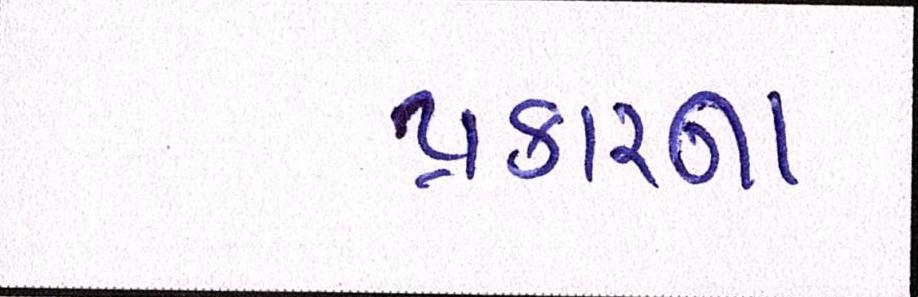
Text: પ્રકારના